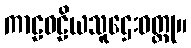
ကာဠဝဠိယသူဌေးဝတ္ထု။